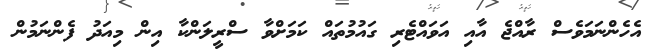
އެހެންނަމަވެސް ރާއްޖެ އާއި އަވައްޓެރި ގައުމުތައް ކަމަށްވާ ސްރީލަންކާ އިން މިއަދު ފެންނަމުން